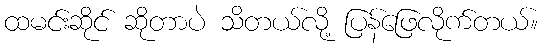
ထမင်းဆိုင် ဆိုတာပဲ သိတယ်လို့ ပြန်ဖြေလိုက်တယ်။